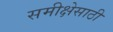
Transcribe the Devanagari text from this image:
समीक्षेसाठी